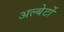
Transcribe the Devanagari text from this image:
अल्बेर्टो